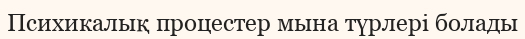
Психикалық процестер мына түрлері болады